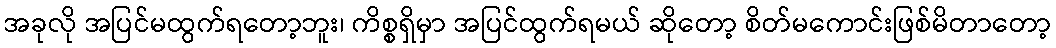
အခုလို အပြင်မထွက်ရတော့ဘူး၊ ကိစ္စရှိမှာ အပြင်ထွက်ရမယ် ဆိုတော့ စိတ်မကောင်းဖြစ်မိတာတော့